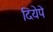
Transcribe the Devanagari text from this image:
दियेपे